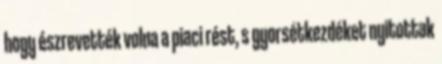
hogy észrevették volna a piaci rést, s gyorsétkezdéket nyitottak